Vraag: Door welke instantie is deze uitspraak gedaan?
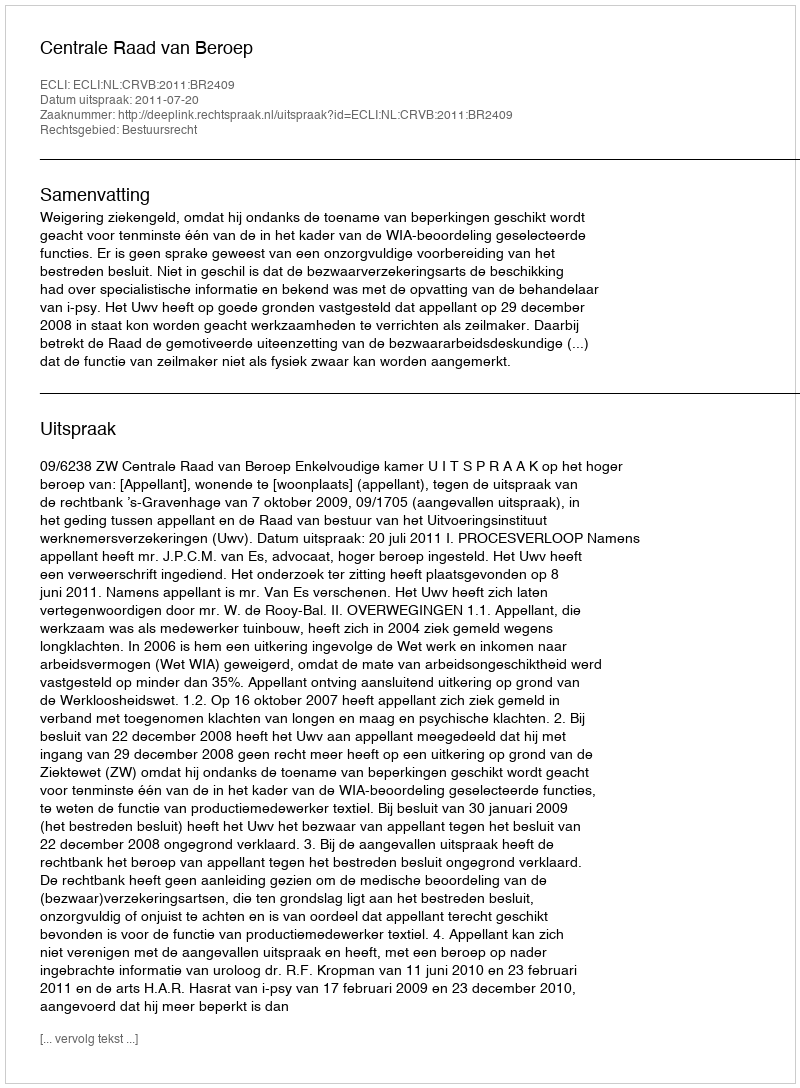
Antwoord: Centrale Raad van Beroep